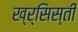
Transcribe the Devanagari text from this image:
ख्र्सिस्ती